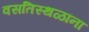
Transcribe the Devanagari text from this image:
वसतिस्थळांना